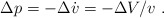
\begin{align*}\Delta p = -\Delta \dot{v} =- \Delta V /v \ .\end{align*}